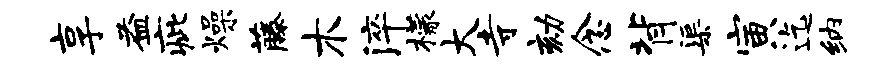
享益疵燥藤木淬檬大寺劾念背渠寅迄纳